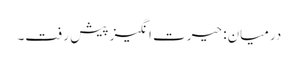
درمیان: حیرت انگیز پیش رفت۔